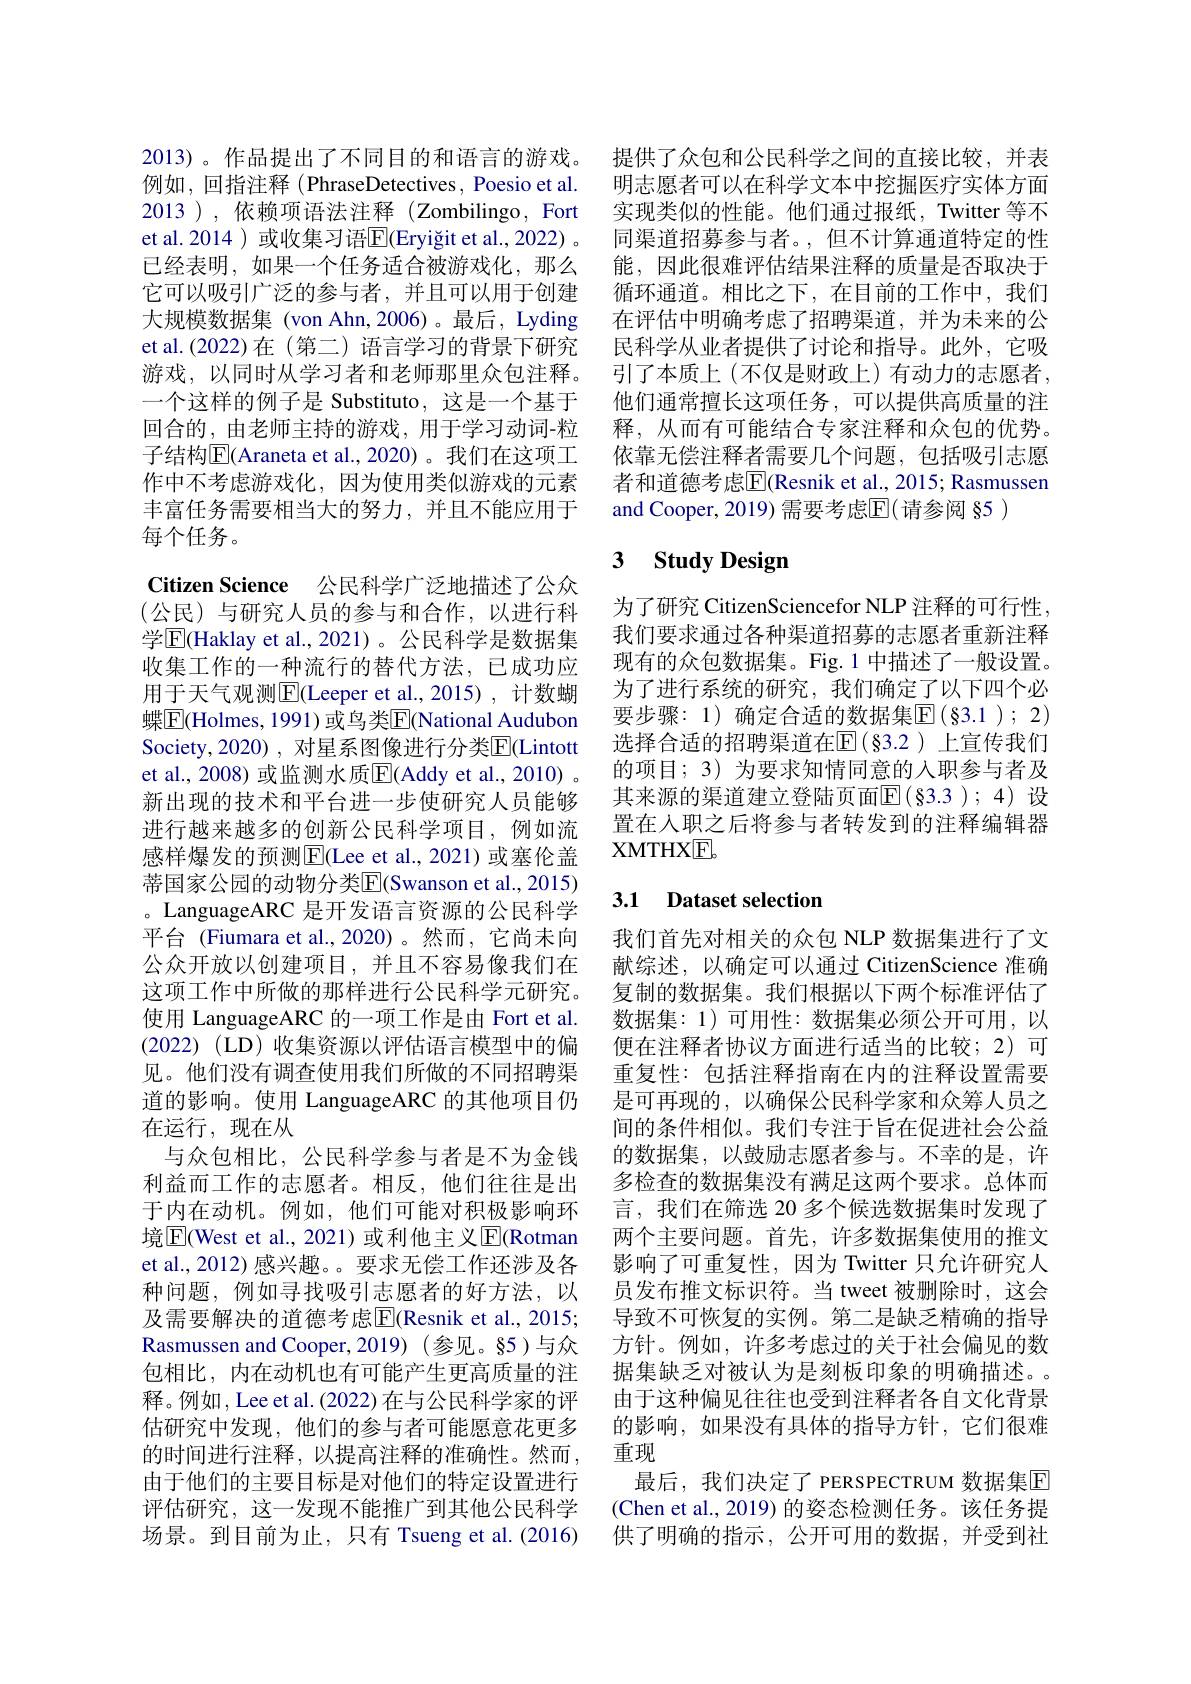
2013)。作品提出了不同目的和语言的游戏。例如，回指注释(PhraseDetectives, Poesio et al. 2013 ), 依赖项语法注释 (Zombilingo, Fort et al. 2014 ) 或收集习语$\overline{\mathrm{E}}($Eryiğit et al., 2022) 。已经表明，如果一个任务适合被游戏化，那么它可以吸引广泛的参与者，并且可以用于创建大规模数据集 (von Ahn,2006)。最后，Lyding et al.(2022)在(第二)语言学习的背景下研究游戏，以同时从学习者和老师那里众包注释。一个这样的例子是 Substituto, 这是一个基于回合的，由老师主持的游戏，用于学习动词-粒子结构$\overline{\mathrm{E}}($Araneta et al.,2020)。我们在这项工作中不考虑游戏化，因为使用类似游戏的元素丰富任务需要相当大的努力，并且不能应用于每个任务。

Citizen Science 公民科学广泛地描述了公众(公民)与研究人员的参与和合作，以进行科学$\boxed{\mathrm{F}}$(Haklay et al., 2021)。公民科学是数据集收集工作的一种流行的替代方法，已成功应用于天气观测$\boxed{\mathrm{F}}$(Leeper et al.,2015),计数蝴蝶$\boxed{\mathrm{F}}($Holmes, 1991)或鸟类$\boxed{\mathrm{F}}($National Audubon Society,2020) , 对星系图像进行分类$\overline{\mathrm{E}}($Lintott et al., 2008) 或监测水质$\overline{\mathrm{E}}($Addy et al., 2010) 。新出现的技术和平台进一步使研究人员能够进行越来越多的创新公民科学项目，例如流感样爆发的预测$\operatorname{E}$(Lee et al., 2021)或塞伦盖蒂国家公园的动物分类$\overline{\mathrm{E}}($Swanson et al.,2015) 。LanguageARC 是开发语言资源的公民科学平台 (Fiumara et al.,2020)。然而，它尚未向公众开放以创建项目，并且不容易像我们在这项工作中所做的那样进行公民科学元研究。使用 LanguageARC 的一项工作是由 Fort et al. (2022) (LD)收集资源以评估语言模型中的偏见。他们没有调查使用我们所做的不同招聘渠道的影响。使用 LanguageARC 的其他项目仍在运行，现在从
与众包相比，公民科学参与者是不为金钱利益而工作的志愿者。相反，他们往往是出于内在动机。例如，他们可能对积极影响环境|El(West et al., 2021)或利他主义|El(Rotman et al., 2012) 感兴趣。。要求无偿工作还涉及各种问题，例如寻找吸引志愿者的好方法，以及需要解决的道德考虑$\overline{\mathrm{E}}($Resnik et al., 2015; Rasmussen and Cooper,2019)(参见。§5)与众包相比，内在动机也有可能产生更高质量的注释。例如，Lee et al. (2022) 在与公民科学家的评估研究中发现，他们的参与者可能愿意花更多的时间进行注释，以提高注释的准确性。然而， 由于他们的主要目标是对他们的特定设置进行评估研究，这一发现不能推广到其他公民科学场景。到目前为止，只有 Tsueng et al.(2016)

提供了众包和公民科学之间的直接比较，并表明志愿者可以在科学文本中挖掘医疗实体方面实现类似的性能。他们通过报纸，Twitter 等不同渠道招募参与者。,但不计算通道特定的性能，因此很难评估结果注释的质量是否取决于循环通道。相比之下，在目前的工作中，我们在评估中明确考虑了招聘渠道，并为未来的公民科学从业者提供了讨论和指导。此外，它吸引了本质上(不仅是财政上)有动力的志愿者， 他们通常擅长这项任务，可以提供高质量的注释，从而有可能结合专家注释和众包的优势。依靠无偿注释者需要几个问题，包括吸引志愿者和道德考虑$\overline{\mathrm{E}}$(Resnik et al., 2015; Rasmussen and Cooper, 2019) 需要考虑E(请参阅 §5 )

# 3 $\textbf{Study Design}$

为了研究 CitizenSciencefor NLP 注释的可行性， 我们要求通过各种渠道招募的志愿者重新注释现有的众包数据集。Fig.1 中描述了一般设置。为了进行系统的研究，我们确定了以下四个必要步骤：1) 确定合适的数据集$\boxed{\mathrm{F}}(\S3.1);2)$ 选择合适的招聘渠道在$\operatorname{E}(\S3.2)$ 上宣传我们的项目；3) 为要求知情同意的人职参与者及其来源的渠道建立登陆页面$\mathbb{E}(\S3.3);4)$ 设置在人职之后将参与者转发到的注释编辑器XMTHXE

### 3.1 Dataset selection

我们首先对相关的众包 NLP 数据集进行了文献综述，以确定可以通过 CitizenScience 准确复制的数据集。我们根据以下两个标准评估了数据集：1)可用性：数据集必须公开可用，以便在注释者协议方面进行适当的比较；2)可重复性：包括注释指南在内的注释设置需要是可再现的，以确保公民科学家和众筹人员之间的条件相似。我们专注于旨在促进社会公益的数据集，以鼓励志愿者参与。不幸的是，许多检查的数据集没有满足这两个要求。总体而言，我们在筛选 20 多个候选数据集时发现了两个主要问题。首先，许多数据集使用的推文影响了可重复性，因为 Twitter 只允许研究人员发布推文标识符。当 tweet 被删除时，这会导致不可恢复的实例。第二是缺乏精确的指导方针。例如，许多考虑过的关于社会偏见的数据集缺乏对被认为是刻板印象的明确描述。。由于这种偏见往往也受到注释者各自文化背景的影响，如果没有具体的指导方针，它们很难重现
最后，我们决定了 PERSPECTRUM 数据集$\overline{\mathrm{E}}$ (Chen et al., 2019) 的姿态检测任务。该任务提供了明确的指示，公开可用的数据，并受到社